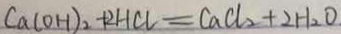
C a ( O H ) _ { 2 } + 2 H C l = C a C l _ { 2 } + 2 H _ { 2 } O .